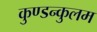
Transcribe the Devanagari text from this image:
कुण्डन्कुलम